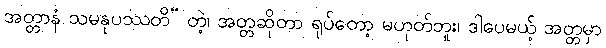
အတ္တာနံ သမနုပဿတိ” တဲ့၊ အတ္တဆိုတာ ရုပ်တော့ မဟုတ်ဘူး၊ ဒါပေမယ့် အတ္တမှာ